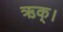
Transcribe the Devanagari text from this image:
ऋक्।